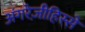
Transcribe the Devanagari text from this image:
अंगरेज़ीहिस्से